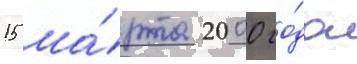
15 ма́рта 2000 го́да